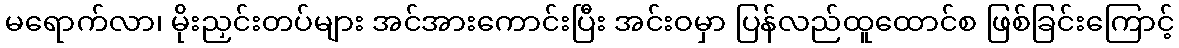
မရောက်လာ၊ မိုးညှင်းတပ်များ အင်အားကောင်းပြီး အင်းဝမှာ ပြန်လည်ထူထောင်စ ဖြစ်ခြင်းကြောင့်